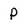
Character: P